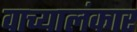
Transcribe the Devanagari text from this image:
वाच्यालंकार